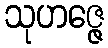
သုဟဇ္ဇေ